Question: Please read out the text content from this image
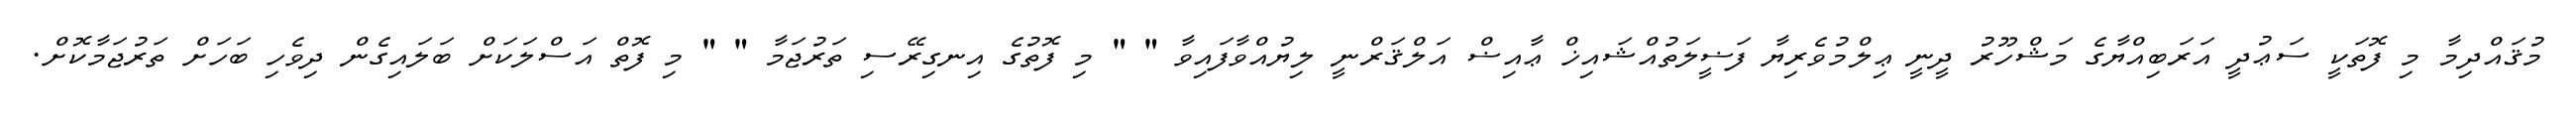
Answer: މުޤައްދިމާ މި ފޮތަކީ ސަޢުދީ އަރަބިއްޔާގެ މަޝްހޫރު ދީނީ ޢިލްމުވެރިޔާ ފަޟީލަތުއްޝައިޚް ޢާއިޟް އަލްޤަރްނީ ލިޔުއްވާފައިވާ " " މި ފޮތުގެ އިނގިރޭސި ތަރުޖަމާ " " މި ފޮތް އަސްލަކަށް ބަލައިގެން ދިވެހި ބަހަށް ތަރުޖަމާކޮށް.